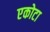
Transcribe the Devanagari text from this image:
एकोटा